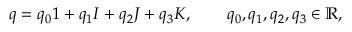
\begin{array} { r } { q = q _ { 0 } 1 + q _ { 1 } I + q _ { 2 } J + q _ { 3 } K , \qquad q _ { 0 } , q _ { 1 } , q _ { 2 } , q _ { 3 } \in \mathbb { R } , } \end{array}